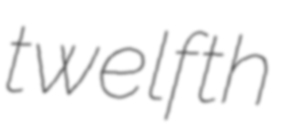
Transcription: twelfth